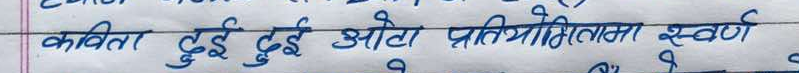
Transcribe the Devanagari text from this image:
कविता दुई दुई ओटा प्रतियोगितामा स्वर्ण